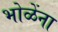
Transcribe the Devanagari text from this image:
भोळेंना